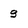
Character: 9